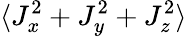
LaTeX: \langle J_{x}^{2}+J_{y}^{2}+J_{z}^{2}\rangle